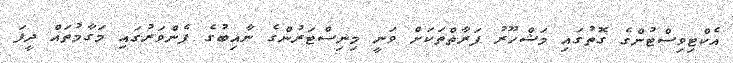
އެކްޓިވިސްޓުންގެ ގޮތުގައި މަޝްހޫރު ފަރާތްތަކަށް ވަނީ މިނިސްޓަރުންގެ ނާއިބުގެ ފެންވަރުގައި މަގާމުތައް ދީފަ